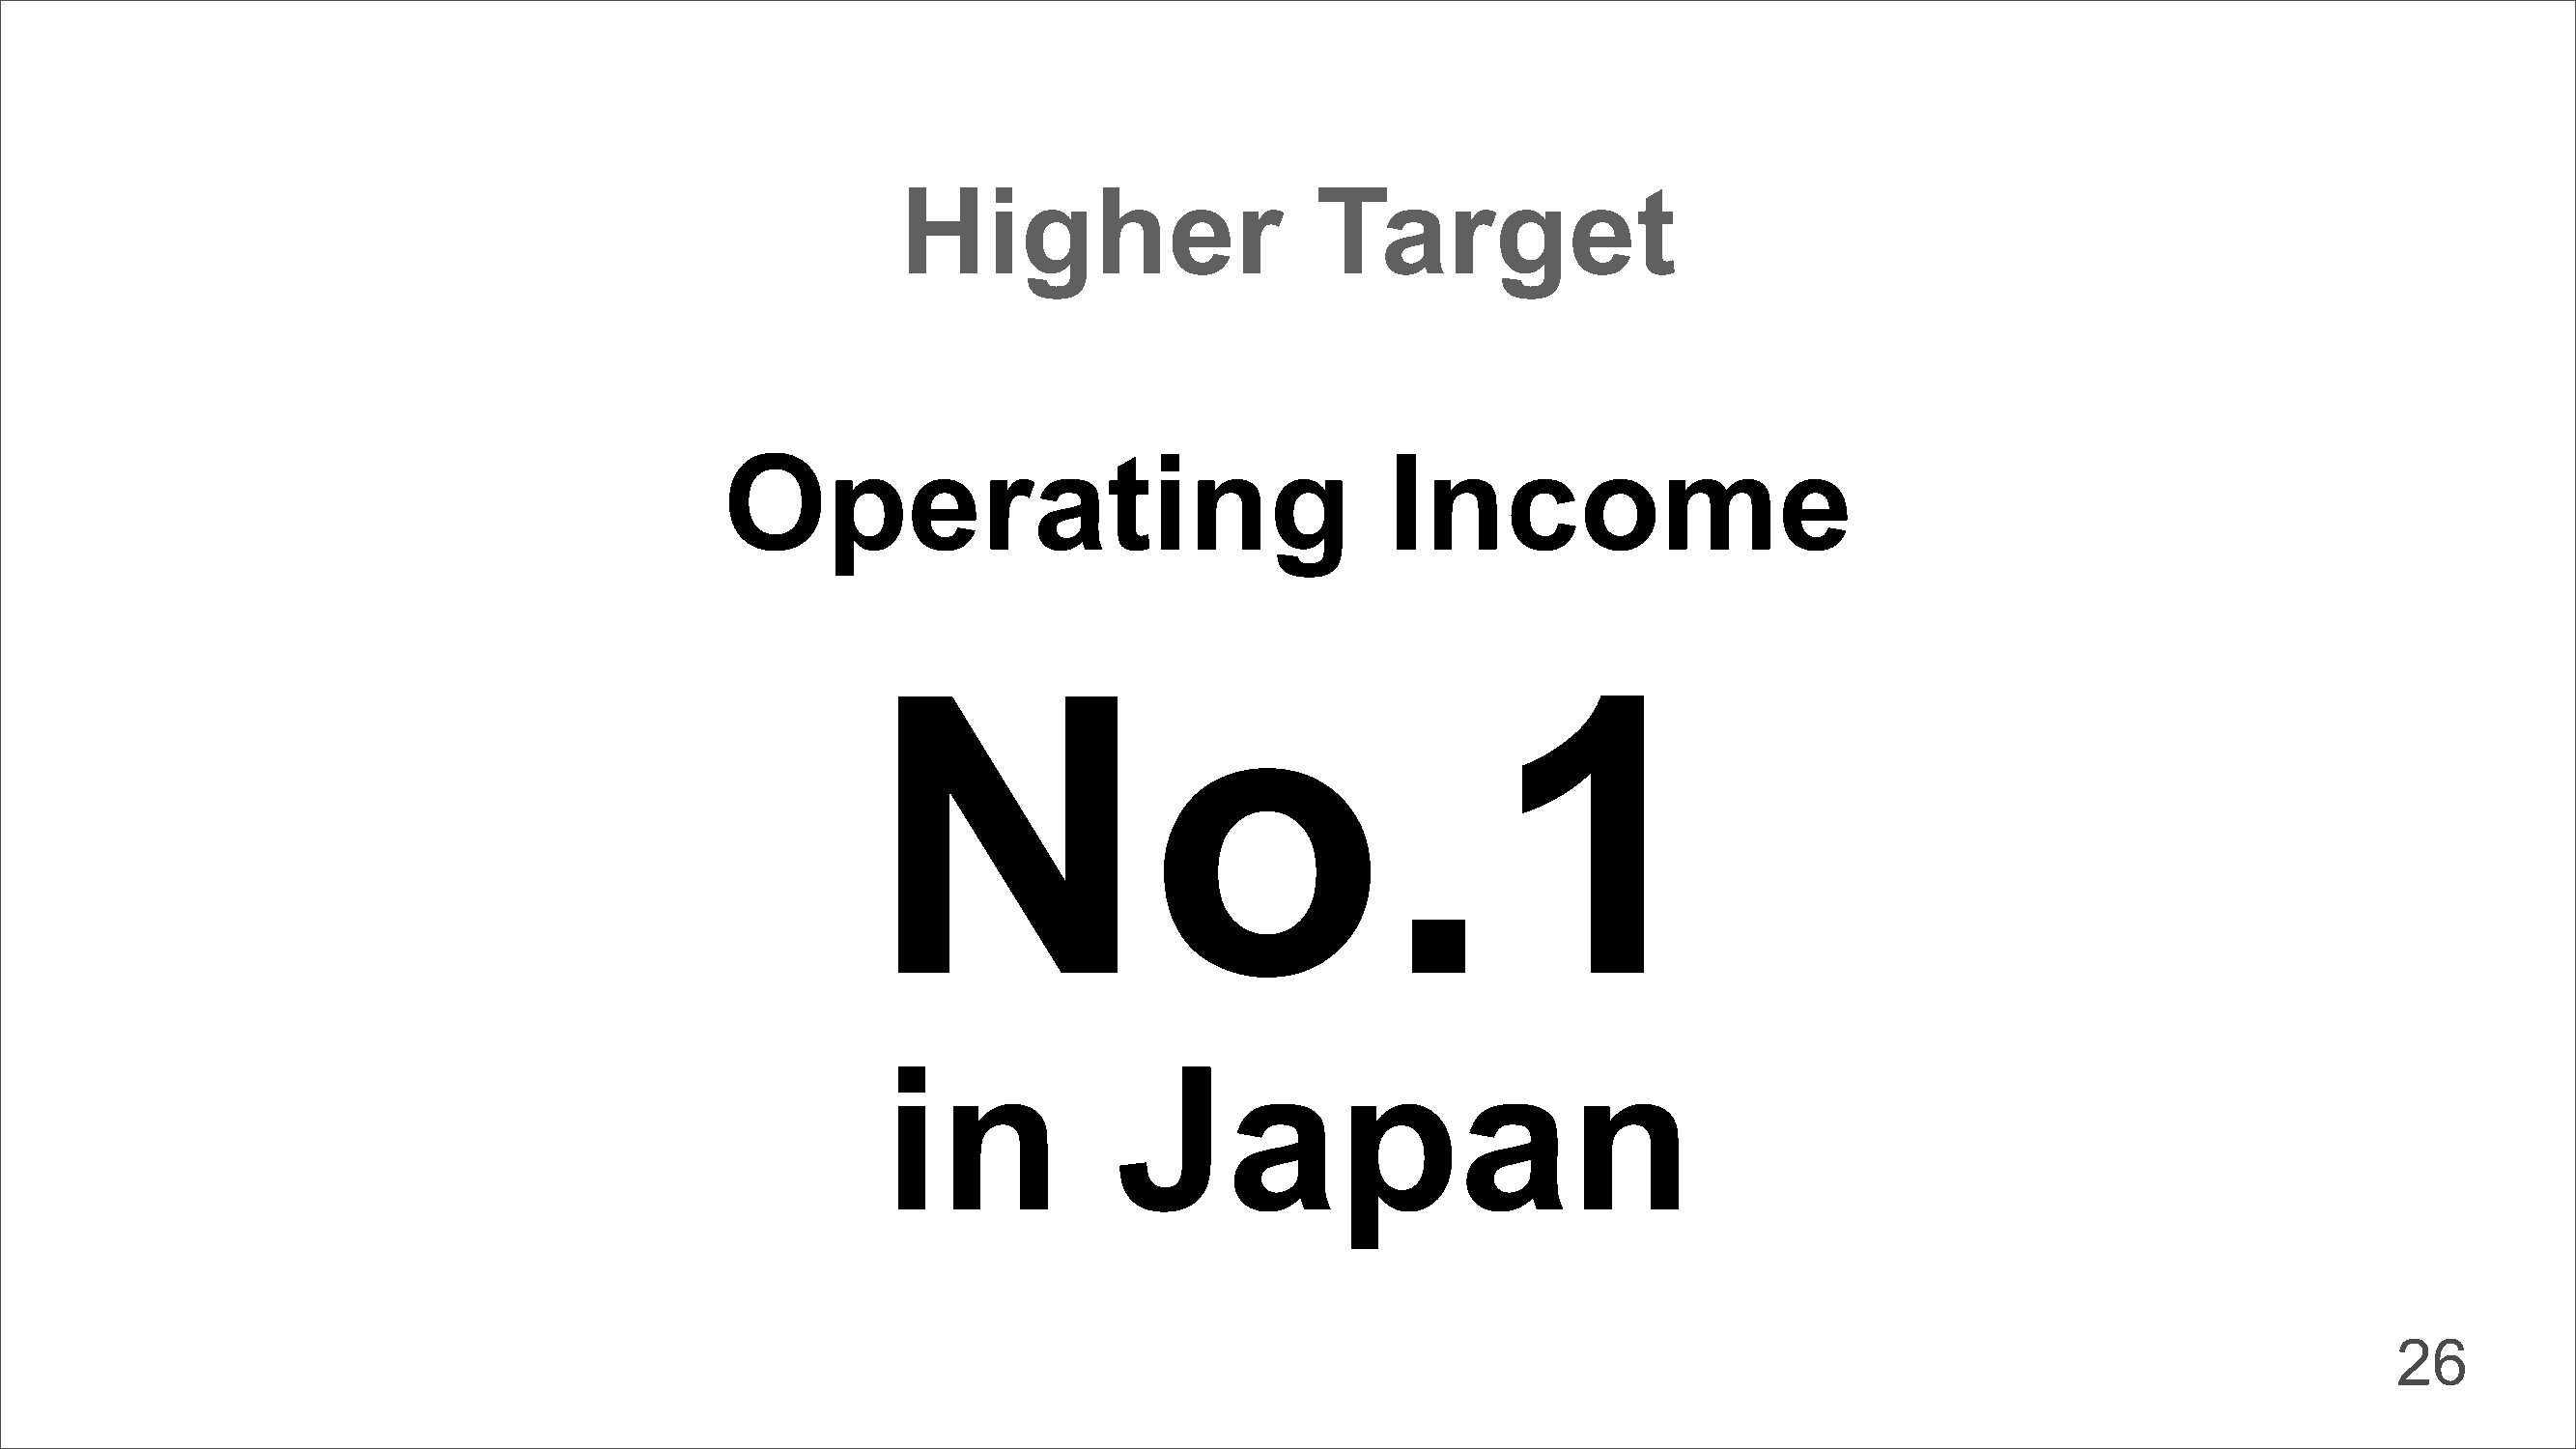
Higher                      Target
 Operating                                    Income
 No.1
 in              Japan
 26